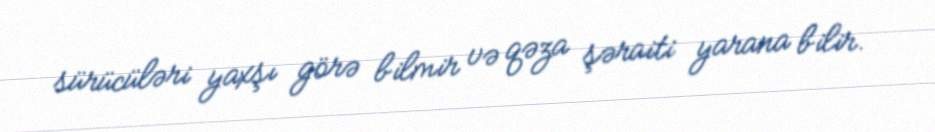
sürücüləri yaxşı görə bilmir və qəza şəraiti yarana bilir.